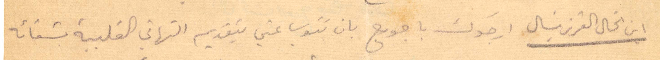
ابن الخال العزيز ميشال ارجوك يا جورج بان تنوب عني بتقديم التهاني القلبية بشفائه